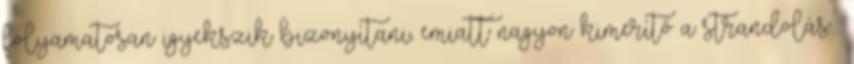
folyamatosan igyekszik bizonyítani, emiatt nagyon kimerítő a strandolás .